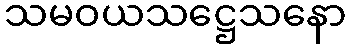
သမဝယသဋ္ဌေသနော